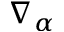
\nabla _ { \alpha }